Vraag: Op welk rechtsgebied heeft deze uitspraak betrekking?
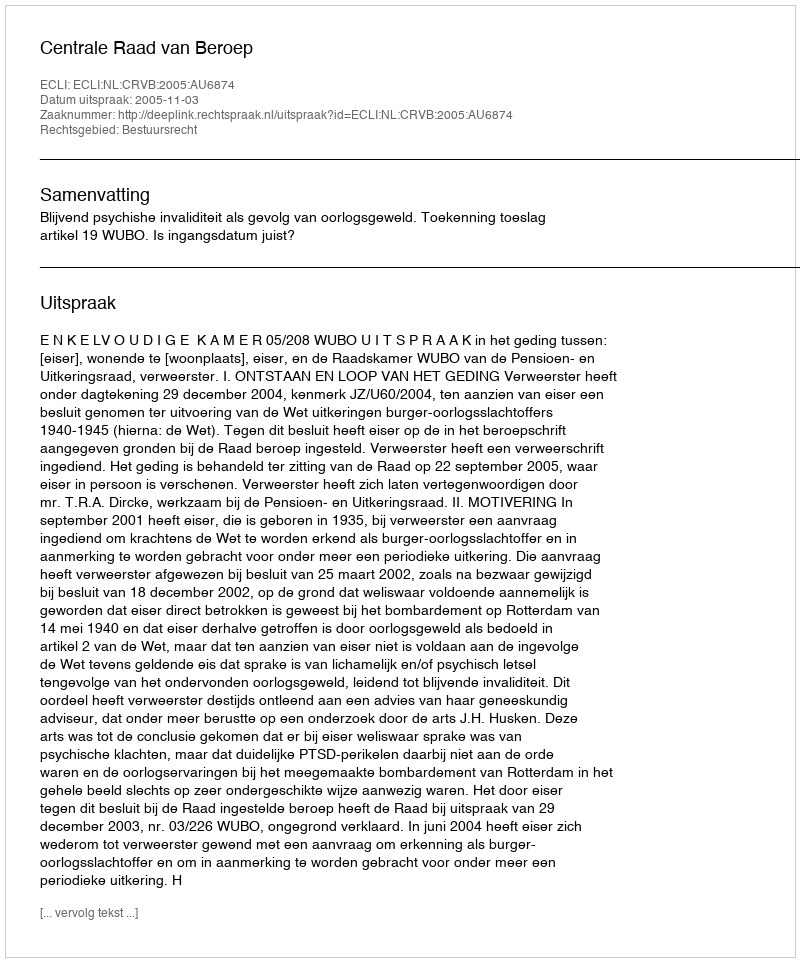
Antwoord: Bestuursrecht